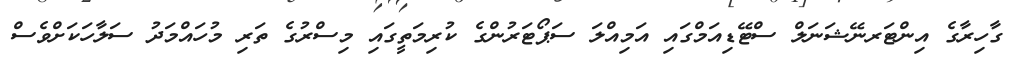
ގާހިރާގެ އިންޓަރނޭޝަނަލް ސްޓޭޑިއަމްގައި އަމިއްލަ ސަޕޯޓަރުންގެ ކުރިމަތީގައި މިސްރުގެ ތަރި މުހައްމަދު ސަލާހަކަށްވެސް